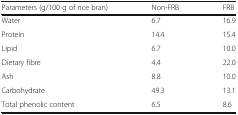
| Parameters (g/100 g of rice bran) | Non-FRB | FRB |
 | --- | --- | --- |
 | Water | 6.7 | 16.9 |
 | Protein | 14.4 | 15.4 |
 | Lipid | 6.7 | 10.0 |
 | Dietary fibre | 4.4 | 22.0 |
 | Ash | 8.8 | 10.0 |
 | Carbohydrate | 49.3 | 13.1 |
 | Total phenolic content | 6.5 | 8.6 |